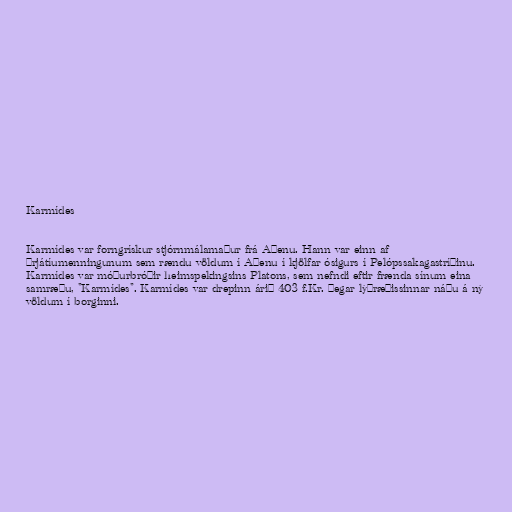
Karmídes

Karmídes var forngrískur stjórnmálamaður frá Aþenu. Hann var einn af
þrjátíumenningunum sem rændu völdum í Aþenu í kjölfar ósigurs í Pelópssakagastríðinu.
Karmídes var móðurbróðir heimspekingsins Platons, sem nefndi eftir frænda sínum eina
samræðu, "Karmídes". Karmídes var drepinn árið 403 f.Kr. þegar lýðræðissinnar náðu á ný
völdum í borginni.